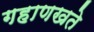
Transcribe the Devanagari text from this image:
गहाणखते